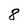
Character: 8